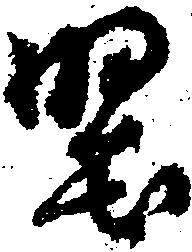
堅